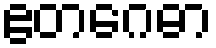
ဧတဂေဓာ